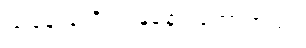
ယနေ့အထိ ပျံ့နှံ့နေပါတော့တယ်။